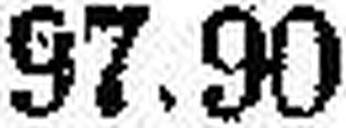
97.90